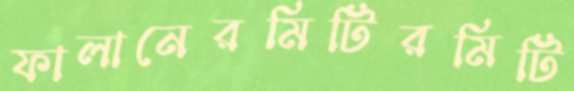
ফালানেরমিটিরমিটি